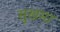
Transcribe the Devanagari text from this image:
सुखमा